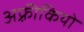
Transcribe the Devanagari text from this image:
अफ़्रीकियो